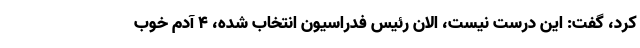
کرد، گفت: این درست نیست، الان رئیس فدراسیون انتخاب شده، 4 آدم خوب